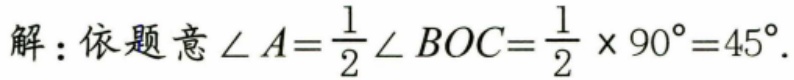
解：依题意\(\angle A=\frac{1}{2}\angle BOC=\frac{1}{2}\times90^{\circ}=45^{\circ}\).